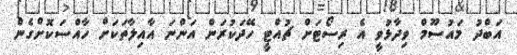
އަބްދު މައުސޫމް ވިދާޅުވީ އެ ރިސޯޓަށް ޗުއްޓީ ހޭދަކުރަން އަންނަ އާއިލާތަކަށް ހާއްސަކޮށްގެން